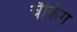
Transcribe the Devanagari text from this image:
चैकिंग